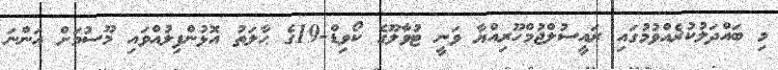
މި ބައްދަލުކުރެއްވުމުގައި ރައީސުލްޖުމްހޫރިއްޔާ ވަނީ ޓުވާލޫގެ ކޯވިޑް-19ގެ ޙާލަތު އޮޅުންފިލުއްވައި މޫސުމަށް އަންނަ